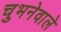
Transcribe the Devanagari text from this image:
चुभनेवाले